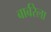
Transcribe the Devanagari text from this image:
बार्बरेला